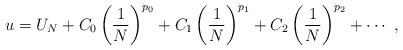
LaTeX: \begin{align*}u = U_{N} + C_0 \left(\frac{1}{N}\right)^{p_0}+ C_1 \left(\frac{1}{N}\right)^{p_1}+ C_2 \left(\frac{1}{N}\right)^{p_2}+ \cdots \ ,\end{align*}